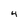
Character: 4